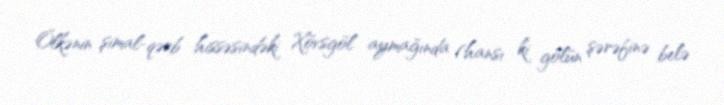
Ölkənin şimal-qərb hissəsindəki Xövsgöl aymağında (hansı ki gölün şərəfinə belə